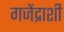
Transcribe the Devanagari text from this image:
गजेंद्राशी